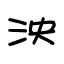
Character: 泱